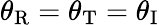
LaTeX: \theta_{\textup{R}}=\theta_{\textup{T}}=\theta_{\textup{I}}